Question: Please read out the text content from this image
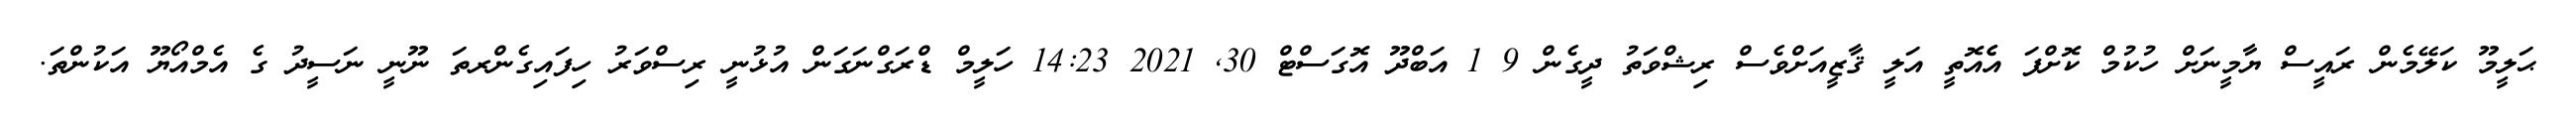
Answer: ޙަލީމޫ ކަލޭމެން ރައީސް ޔާމީނަށް ހުކުމް ކޮށްފަ އެެއޮތީ އަލީ ޤާޒީއަށްވެސް ރިޝްވަތު ދީގެން 9 1 އަބްދޫ އޮގަސްޓް 30, 2021 14:23 ހަލީމް ޑްރަގްނަގަން އުޅުނީ ރިސްވަރު ހިފައިގެންރތަ ނޫނީ ނަސީދު ގެ އެމްއޯޔޫ އަކުންތަ.